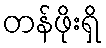
တန်ဖိုးရှိ